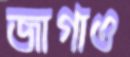
জাগাও